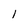
Character: 1